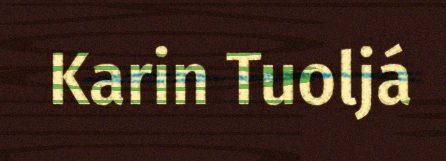
Karin Tuoljá